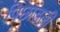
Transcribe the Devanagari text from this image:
पिछाडली